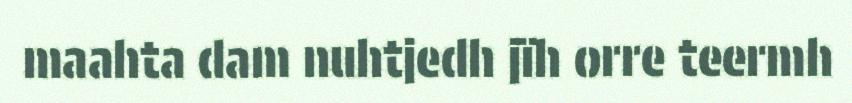
maahta dam nuhtjedh jïh orre teermh